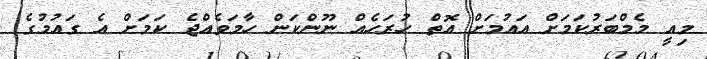
މިއީ މެމްބަރުކަމަށް އައުމަށް އޮތް ހުރަހެއް ނޫންކަން ހާމަވެއްޖެ ކަމަށް އެ ގައުމުގެ